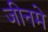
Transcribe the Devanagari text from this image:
जीनमे